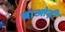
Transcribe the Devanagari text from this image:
बाओड़ी